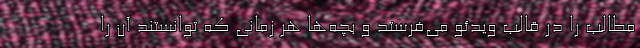
مطالب را در قالب ویدئو می‌فرستد و بچه‌ها هر زمانی که توانستند آن را